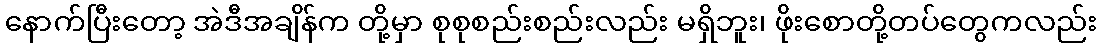
နောက်ပြီးတော့ အဲဒီအချိန်က တို့မှာ စုစုစည်းစည်းလည်း မရှိဘူး၊ ဖိုးစောတို့တပ်တွေကလည်း